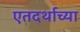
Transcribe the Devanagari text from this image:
एतदर्थाच्या